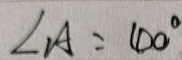
\angle A = 4 0 ^ { \circ }